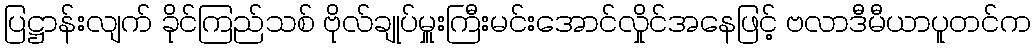
ပြဋ္ဌာန်းလျက် ခိုင်ကြည်သစ် ဗိုလ်ချုပ်မှူးကြီးမင်းအောင်လှိုင်အနေဖြင့် ဗလာဒီမီယာပူတင်က